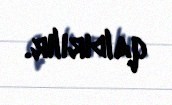
qaldırılır.